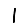
Digit: 1